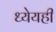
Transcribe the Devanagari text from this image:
ध्येयही